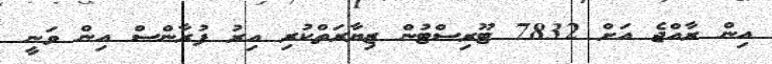
އިން ރާއްޖެ އަށް 7832 ޓޫރިސްޓުން ޒިޔާރަތްކުރި އިރު ފުރާންސް އިން ވަނީ